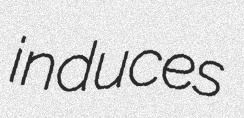
induces